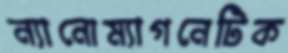
ন্যানোম্যাগনেটিক